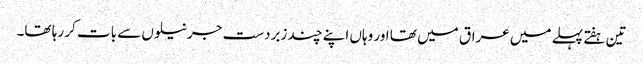
تین ہفتے پہلے میں عراق میں تھا اور وہاں اپنے چند زبردست جرنیلوں سے بات کر رہا تھا۔